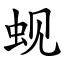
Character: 蚬